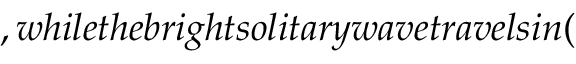
, w h i l e t h e b r i g h t s o l i t a r y w a v e t r a v e l s i n (